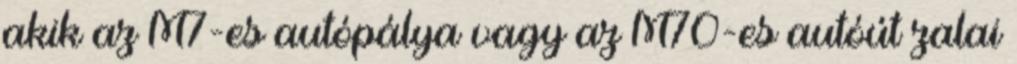
akik az M7-es autópálya vagy az M70-es autóút zalai